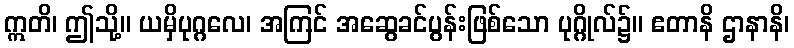
ဣတိ၊ ဤသို့။ ယမှိပုဂ္ဂလေ၊ အကြင် အဆွေခင်ပွန်းဖြစ်သော ပုဂ္ဂိုလ်၌။ ဧတာနိ ဌာနာနိ၊